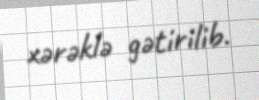
xərəklə gətirilib.